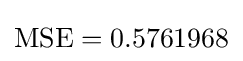
\operatorname {MSE} =0.5761968